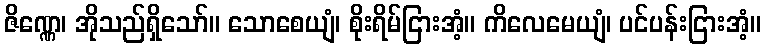
ဇိဏ္ဏေ၊ အိုသည်ရှိသော်။ သောစေယျံ၊ စိုးရိမ်ငြားအံ့။ ကိလေမေယျံ၊ ပင်ပန်းငြားအံ့။